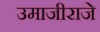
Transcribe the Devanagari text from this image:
उमाजीराजे